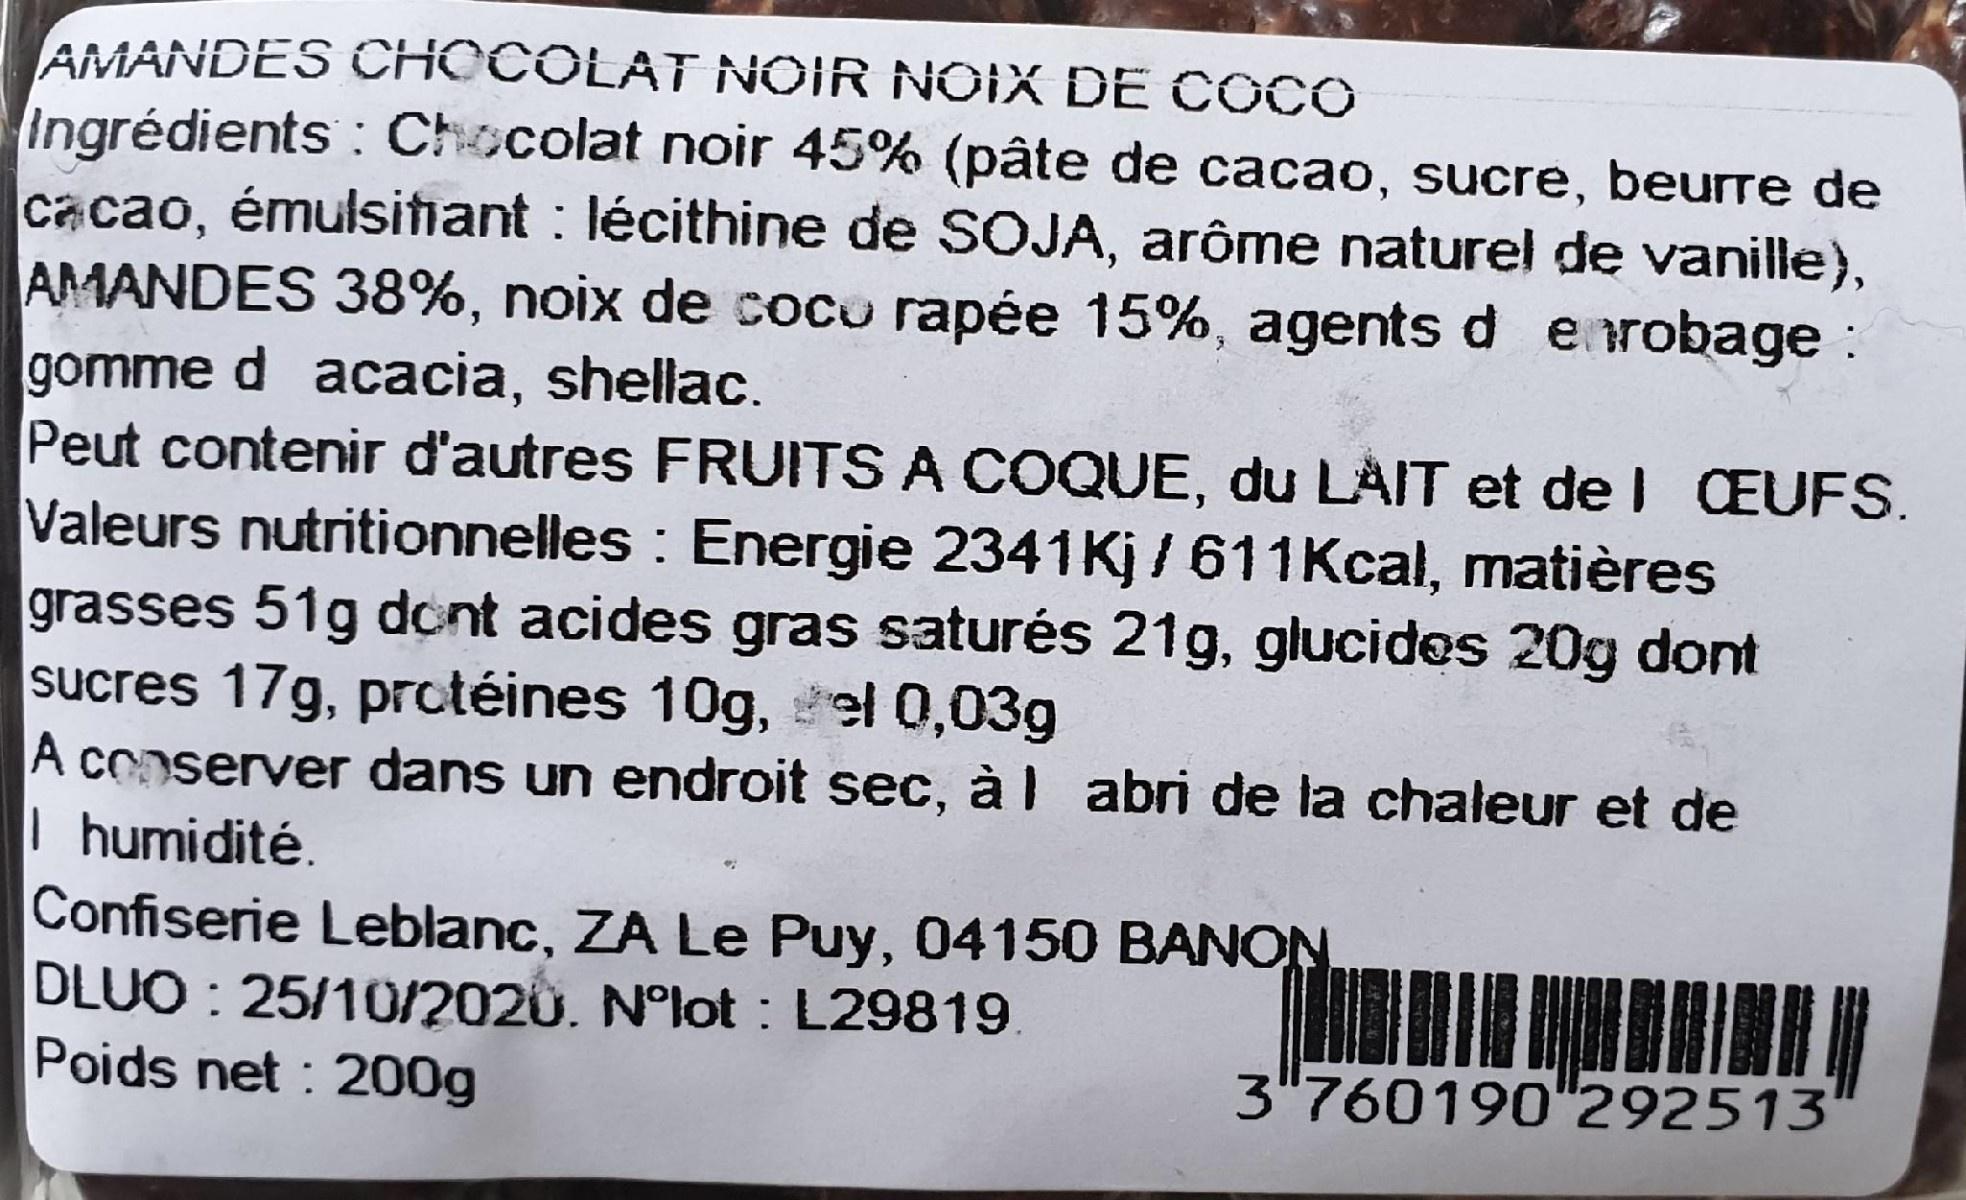
AMANDES CHOCOLAT NOIR NOIX DE COCO Ingrédients : Chocolat noir 45% (pâte de cacao, sucre, beurre de cacao, émulsitiant : lécithine de SOJA, arôme naturel de vanille), AMANDES 38%, noix de coco rapée 15%, agents d erobage : gomme d acacia, shellac. Peut contenir d'autres FRUITS A COQUE, du LAIT et de l CEUFS. Valeurs nutritionnelles : Energie 2341Kj /611Kcal, matières grasses 51g dont acides gras saturés 21g, glucides 20g dont sucres 17g, prctéines 10g, el 0,03g A conserver dans un endroit sec, à l abri de la chaleur et de
Ihumidité.
Confiserie Leblanc, ZA Le Puy, 04150 BANON DLUO : 25/10/2020. N°lot : L29819. Poids net : 200g
3"760190"292513'